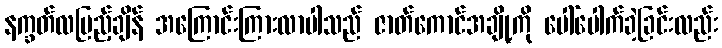
နက္ခတ်လပြည့်ချိန် အကြောင်းကြားလာပါသည် ဇာတ်ကောင်အချို့ကို ပေါ်ပေါက်ခဲ့ခြင်းလည်း